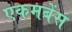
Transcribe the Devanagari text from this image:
एकमबेंस